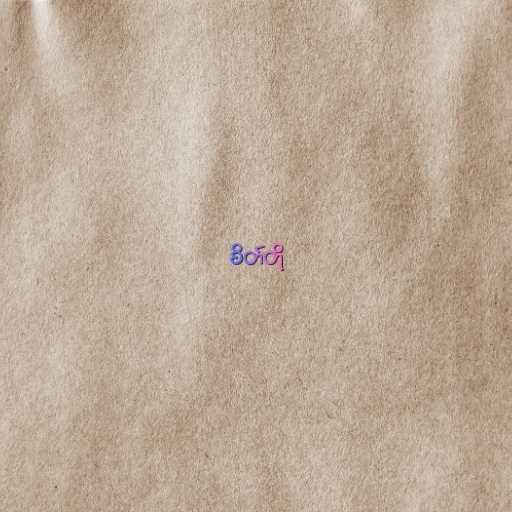
စိတ်တို